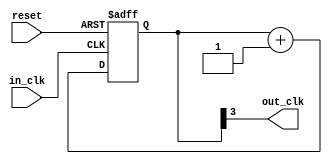
//----------------------------------------------------------------------------------
//-- Frequency divider dividing 100MHz clock by 2^n
//----------------------------------------------------------------------------------

 module freq_divider #(
  parameter nbits = 4
)(
  input  in_clk,
  input  reset,
  output out_clk
);

  reg [nbits - 1:0] counter;
  
  always @(posedge in_clk or posedge reset) begin
    if(reset) begin
      counter <= 0;
    end else begin
      counter <= counter + 1;
    end
  end
  
  assign out_clk = counter[nbits - 1];

endmodule